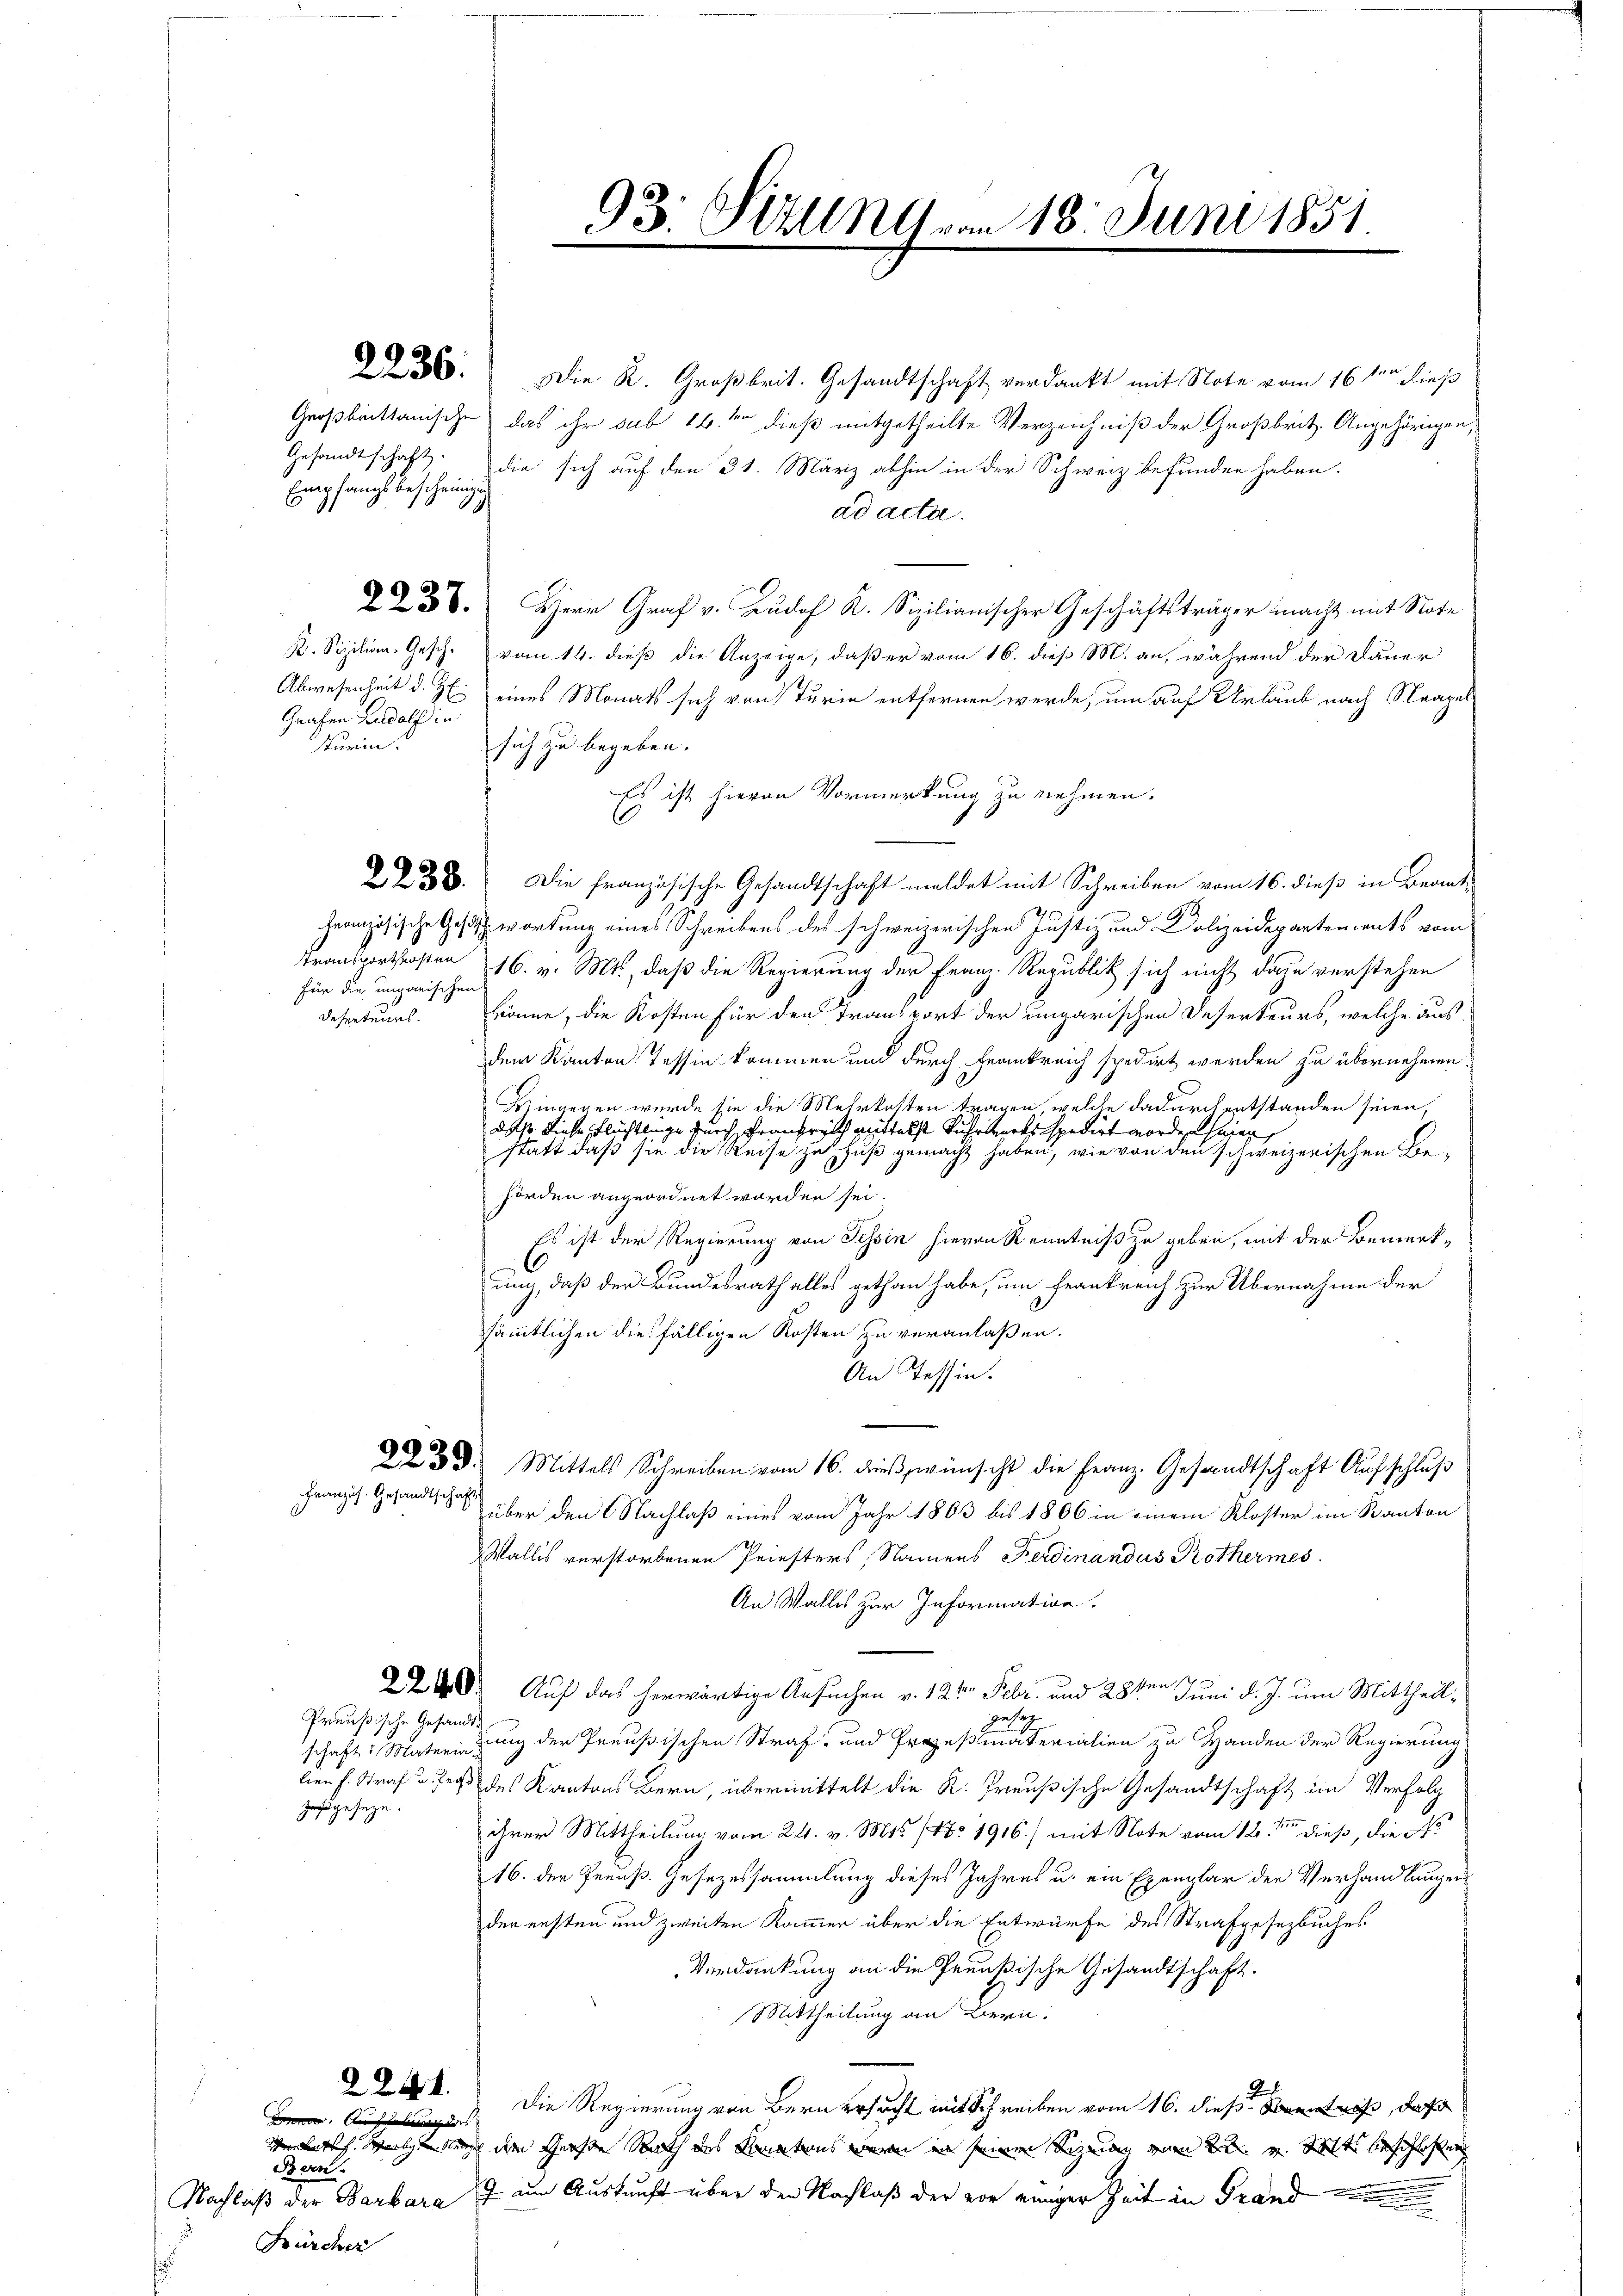
Empfangs bescheinigung

Grafen Fuldals in
Turin

für die ungarischen
Deserteurs.

zugeseze.

Preußische Gesandt¬

224.

ne. Aufhebung des |
Bern.
Nachlaß der Barbara
Bürcher

58. Die K. Großbrit. Gesandtschaft verdankt mit Note vom 16 ten hieß
Großbrittanische das ihr sub 16ten dieß mitgetheilte Verzeichniß der Großbrit. Angehörigen,
Gesandtschaft die sich auf den 31. März abhin in der Schweiz befunden haben.
ad acta.
 356. Herr Graf v. Ludof K. Sizilianischer Geschäftsträger macht mit Note
K. Sizilien-Gesch. vom 14. dieß die Anzeige, daß er vom 16. dieß M. an, während der Dauer
Abwesenheit d. J. eines Monats sich von Turin entfernen werde, um auf Urlaub nach Neapel
sich zu begeben.
Es ist hievon Vormerkung zu nehmen.
2238. Die französische Gesandtschaft meldet mit Schreiben vom 16. dieß in Beant¬
Französische Gesetzt wortung eines Schreibens des schweizerischen Justiz und Polizeidepartements vom
Transportkosten 16. v. Mts., daß die Regierung der Franz-Republik sich nicht dazu verstehen
könne, die Kosten für den Transport der ungarischen Deserteurs, welche ausdem Kanton Tessin kommen und durch Frankreich spedirt werden zu übernehmen.
Dingegen wurde sie die Mehrkosten tragen, welche dadurch entstanden seien,
Daß diese Flüchtlinge durch Frankreich mittelst Fuhrwerks spedirt worden seien,
statt daß sie die Reise zu Fuß gemacht haben, wie von den schweizerischen Behörden angeordnet worden sei.
Es ist der Regierung von Tessin hievon Kenntniß zu geben, mit der Bemerkung, daß der Bundesrath alles gethan habe, um Frankreich zur Übernahme der
sämmtlichen diesfälligen Kosten zu veranlaßen.
An Tessin.
233. Mittels Schreiben vom 16. dieβ, wünscht die Franz. Gesandtschaft Aufschluß
Französ. Gesandten über den Nachlaß eines vom Jahr 1863 bis 1806 in einem Kloster im Kanton
Wallis verstorbenen Priesters Namens Ferdinandus Rothermes
An Wallis zur Information.

248. Auf das herwärtige Ansuchen v. 12ten Febr. und 28ten Juni d. J. um Mittheilgesag
schaft: Materirung der Preußischen Straf- und Prozeßmaterialien zu Handen der Regierung
lien f. Straf u. Trost des Kantons Bern, übermittelt die K. Preußische Gesandtschaft im Verfolg
ihrer Mittheilung vom 24. v. Mts. (fo 1916) mit Note vom 12ten dieß, die
16. der Preuß. Gesezessammlung dieses Jahres u. ein Exemplar der Verhandlungen
der ersten und zweiten Kammer über die Entwürfe des Strafgesetzbuches
Verdankung an die Prunkische Gesandtschaft.
Mittheilung an Bern.
Die Regierung von Bern ersucht mit Schreiben vom 16. dieß Brent, daß
Verurth. Weigen dem Große Rath des Konatens war in seinen Sizeian vom 2t v. Mts. beschloßen
7 um Auskunft über den Nachlaß der vor einiger Zeit in Grand

93. Seilen vom 18. Juni 1851
e